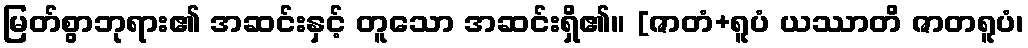
မြတ်စွာဘုရား၏ အဆင်းနှင့် တူသော အဆင်းရှိ၏။ [ဇာတံ+ရူပံ ယဿာတိ ဇာတရူပံ၊